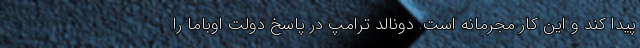
پیدا کند و این کار مجرمانه است. دونالد ترامپ در پاسخ دولت اوباما را